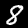
Digit: 8